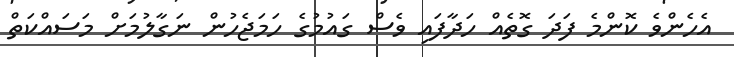
އެހެންވެ ކޮންމެ ފަދަ ގޮތެއް ހަދާފައި ވެސް ގައުމުގެ ހަމަޖެހުން ނަގާލުމަށް މަސައްކަތް